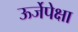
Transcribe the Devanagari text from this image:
ऊर्जेपेक्षा